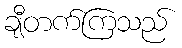
ချီတက်ကြသည်